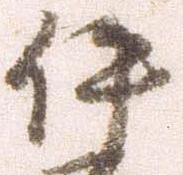
伊